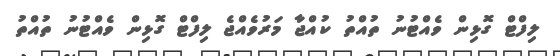
ލިފްޓް ގޮޅިން ވެއްޓުނު ތުއްތު ކުއްޖާ މަރުވެއްޖެ ލިފްޓް ގޮޅިން ވެއްޓުނު ތުއްތު